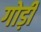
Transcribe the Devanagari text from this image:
गोड़ी